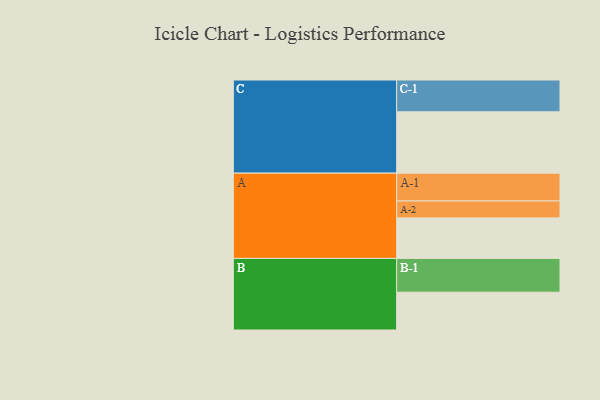
{"axis": {"x": "Segment", "y": "Value"}, "legend": ["", "A", "B", "C"], "data": [{"x": "A", "y": 329, "type": ""}, {"x": "B", "y": 307, "type": ""}, {"x": "C", "y": 498, "type": ""}, {"x": "A-1", "y": 226, "type": "A"}, {"x": "A-2", "y": 137, "type": "A"}, {"x": "B-1", "y": 274, "type": "B"}, {"x": "C-1", "y": 258, "type": "C"}]}